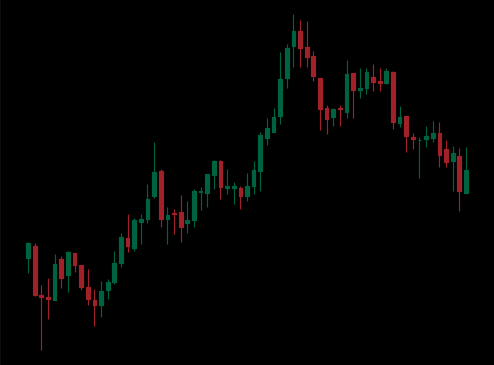
Pattern: bear_flag